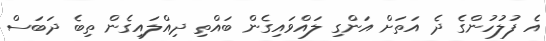
އެ ފުލުހުންގެ ދެ އަތަށް އަންގި ލައްވައިގެން ބައްތި ދިއްލައިގެން ތިބެ ދަބަސް